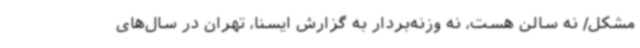
مشکل/ نه سالن هست، نه وزنه‌بردار به گزارش ایسنا، تهران در سال‌های